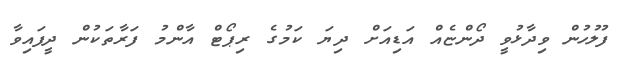
ފުލުހުން ވިދާޅުވީ ދޯންޏެއް އަޑިއަށް ދިޔަ ކަމުގެ ރިޕޯޓް އާންމު ފަރާތަކުން ދީފައިވާ